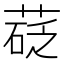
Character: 𦷩